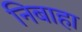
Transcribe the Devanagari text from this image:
निबाहा